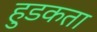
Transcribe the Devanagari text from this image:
हुडकता